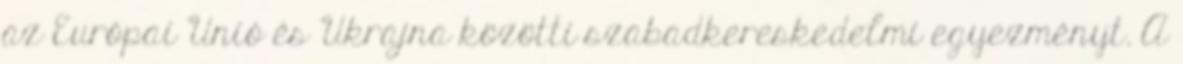
az Európai Unió és Ukrajna közötti szabadkereskedelmi egyezményt. A